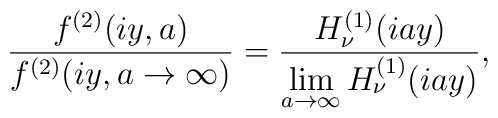
\frac{f^{(2)}(iy,a)}{f^{(2)}(iy,a\to\infty)}=\frac{H_{\nu}^{(1)}(iay)}{\lim\limits_{a\to\infty}H_{\nu}^{(1)}(iay)},